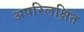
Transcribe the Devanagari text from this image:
अपरिलक्षित